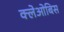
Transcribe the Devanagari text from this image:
क्लेओबिस